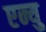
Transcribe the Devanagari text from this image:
एन्यु